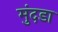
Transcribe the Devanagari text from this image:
मुंदडा